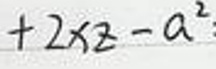
$+2xz - a^{2}$